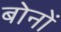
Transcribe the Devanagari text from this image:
बोनों